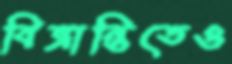
বিভ্রান্তিতেও